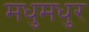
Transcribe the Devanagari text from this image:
मधुमधुर